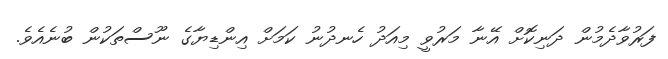
ފަރުވާދެމުން ދަނިކޮށް އޭނާ މަރުވީ މިއަދު ހެނދުނު ކަމަށް އިންޑިޔާގެ ނޫސްތަކުން ބުނެއެވެ.